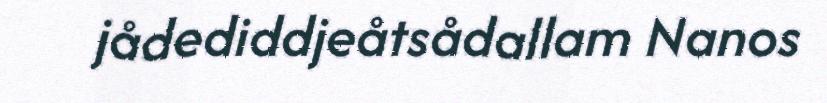
jådediddjeåtsådallam Nanos